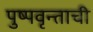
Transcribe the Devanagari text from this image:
पुष्पवृन्ताची